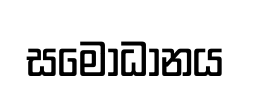
සමොධානය